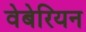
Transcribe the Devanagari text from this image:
वेबेरियन